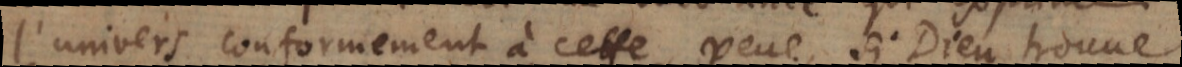
l’univers conformement à cette veue, si Dieu trouve